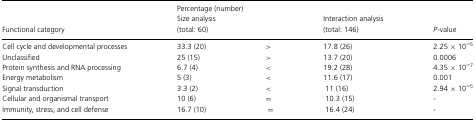
|  | <COLSPAN=4> Percentage (number) |
 | Functional category | Size analysis (total: 60) |  | Interaction analysis (total: 146) | P-value |
 | --- | --- | --- | --- | --- |
 | Cell cycle and developmental processes | 33.3 (20) | > | 17.8 (26) | 2.25 × 10−5 |
 | Unclassified | 25 (15) | > | 13.7 (20) | 0.0006 |
 | Protein synthesis and RNA processing | 6.7 (4) | < | 19.2 (28) | 4.35 × 10−7 |
 | Energy metabolism | 5 (3) | < | 11.6 (17) | 0.001 |
 | Signal transduction | 3.3 (2) | < | 11 (16) | 2.94 × 10−5 |
 | Cellular and organismal transport | 10 (6) | = | 10.3 (15) | - |
 | Immunity, stress, and cell defense | 16.7 (10) | = | 16.4 (24) | - |